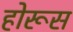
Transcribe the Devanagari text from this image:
होरूस